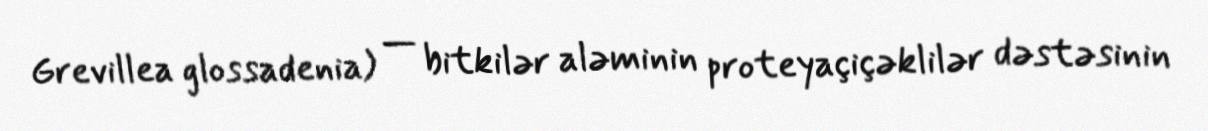
Grevillea glossadenia) — bitkilər aləminin proteyaçiçəklilər dəstəsinin